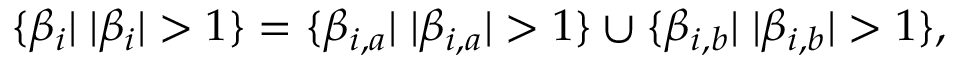
\begin{array} { r } { \{ \beta _ { i } | \; | \beta _ { i } | > 1 \} = \{ \beta _ { i , a } | \; | \beta _ { i , a } | > 1 \} \cup \{ \beta _ { i , b } | \; | \beta _ { i , b } | > 1 \} , } \end{array}